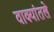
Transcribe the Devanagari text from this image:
वाक्यांतले